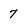
Character: 7